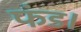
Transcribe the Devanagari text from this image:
फंड।